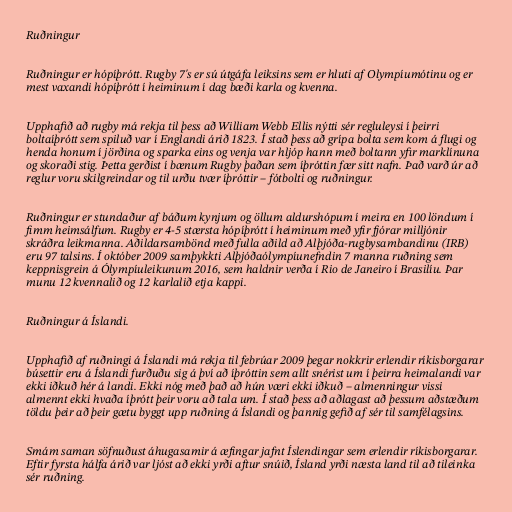
Ruðningur

Ruðningur er hópíþrótt. Rugby 7's er sú útgáfa leiksins sem er hluti af Olympíumótinu og er
mest vaxandi hópíþrótt í heiminum í dag bæði karla og kvenna.

Upphafið að rugby má rekja til þess að William Webb Ellis nýtti sér regluleysi í þeirri
boltaíþrótt sem spiluð var í Englandi árið 1823. Í stað þess að grípa bolta sem kom á flugi og
henda honum í jörðina og sparka eins og venja var hljóp hann með boltann yfir marklínuna
og skoraði stig. Þetta gerðist í bænum Rugby þaðan sem íþróttin fær sitt nafn. Það varð úr að
reglur voru skilgreindar og til urðu tvær íþróttir – fótbolti og ruðningur.

Ruðningur er stundaður af báðum kynjum og öllum aldurshópum í meira en 100 löndum í
fimm heimsálfum. Rugby er 4-5 stærsta hópíþrótt í heiminum með yfir fjórar milljónir
skráðra leikmanna. Aðildarsambönd með fulla aðild að Alþjóða-rugbysambandinu (IRB)
eru 97 talsins. Í október 2009 samþykkti Alþjóðaólympíunefndin 7 manna ruðning sem
keppnisgrein á Ólympíuleikunum 2016, sem haldnir verða í Rio de Janeiro í Brasilíu. Þar
munu 12 kvennalið og 12 karlalið etja kappi.

Ruðningur á Íslandi.

Upphafið af ruðningi á Íslandi má rekja til febrúar 2009 þegar nokkrir erlendir ríkisborgarar
búsettir eru á Íslandi furðuðu sig á því að íþróttin sem allt snérist um í þeirra heimalandi var
ekki iðkuð hér á landi. Ekki nóg með það að hún væri ekki iðkuð – almenningur vissi
almennt ekki hvaða íþrótt þeir voru að tala um. Í stað þess að aðlagast að þessum aðstæðum
töldu þeir að þeir gætu byggt upp ruðning á Íslandi og þannig gefið af sér til samfélagsins.

Smám saman söfnuðust áhugasamir á æfingar jafnt Íslendingar sem erlendir ríkisborgarar.
Eftir fyrsta hálfa árið var ljóst að ekki yrði aftur snúið, Ísland yrði næsta land til að tileinka
sér ruðning.